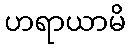
ဟရာယာမိ